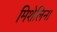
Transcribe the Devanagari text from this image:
मिशेलिना